Scottish Leaving Certificate Examination, 1954
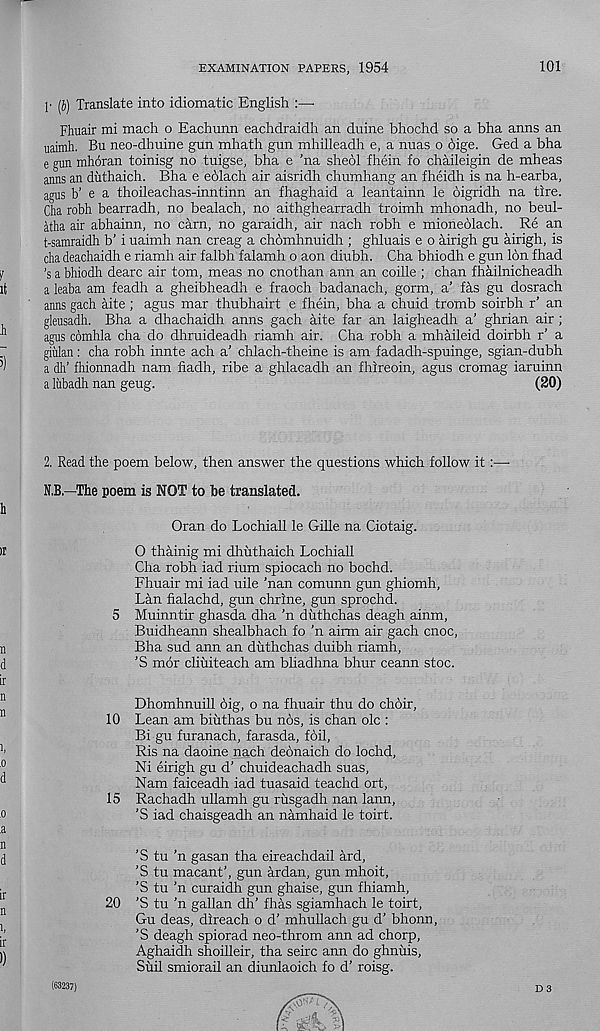
EXAMINATION PAPERS, 1954
101
!• (j) Translate into idiomatic English :—•
Fhuair mi mach o Eachunn eachdraidh an duine bhochd so a bha anns an
uaimh. Bu neo-dbuine gun mhath gun mhilleadh e, a nuas o 6ige. Ged a bha
e gun mhoran toinisg no tuigse, bha e ’na sheol fhein fo chaileigin de mheas
aims an duthaich. Bha e eblach air aisridh chumhang an fheidh is na h-earba,
agus b’ e a thoileachas-inntinn an fhaghaid a leantainn le oigridh na tire.
Cha robh bearradh, no bealach, no aithghearradh troimh mhonadh, no beul-
atha air abhainn, no earn, no garaidh, air nach robh e mioneolach. Re an
t-samraidh b’ i uaimh nan creag a chomhnuidh ; ghluais e o airigh gu airigh, is
cha deachaidh e riamh air falbh falamh o aon diubh. Cha bhiodh e gun Ion fhad
's a bhiodh dearc air tom, meas no cnothan ann an coille ; chan fhailnicheadh
a leaba am feadh a gheibheadh e fraoch badanach, gorm, a’ fas gu dosrach
anns gach aite; agus mar thubhairt e fhein, bha a chuid tromb soirbh r’ an
gleusadh. Bha a dhachaidh anns gach aite far an laigheadh a’ ghrian air ;
agus comhla cha do dhruideadh riamh air. Cha robh a mhaileid doirbh r’ a
giulan: cha robh innte ach a’ chlach-theine is am fadadh-spuinge, sgian-dubh
a dh’ fhionnadh nam fiadh, ribe a ghlacadh an fhireoin, agus cromag iaruinn
a liibadh nan geug.
(20)
2. Read the poem below, then answer the questions which follow it:—-
N.B.—The poem is NOT to be translated.
Oran do Lochiall le Gille na Ciotaig.
0 thhinig mi dhuthaich Lochiall
Cha robh iad rium spiocach no bochd.
Fhuair mi iad uile 'nan comunn gun ghiomh,
Lan fialachd, gun chrine, gun sprochd.
5 Muinntir ghasda dha 'n duthchas deagh ainm,
Buidheann shealbhach fo 'n airm air gach cnoc,
Bha sud ann an duthchas duibh riamh,
'S mor cliuiteach am bliadhna bhur ceann stoc.
Dhomhnuill dig, o na fhuair thu do choir,
10 Lean am biuthas bu nos, is chan ole :
Bi gu furanach, farasda, foil,
Ris na daoine nach deonaich do lochd,
Ni eirigh gu d’ chuideachadh suas,
Nam faiceadh iad tuasaid teachd ort,
15 Rachadh ullamh gu riisgadh nan lann,
'S iad chaisgeadh an namhaid le toirt.
'S tu 'n gasan tha eireachdail ard,
'S tu macant’, gun ardan, gun mhoit,
'S tu 'n curaidh gun ghaise, gun fhiamh,
20 'S tu 'n gallan dh’ fhas sgiamhach le toirt,
Gu deas, direach o d’ mhullach gu d’ bhonn,
'S deagh spiorad neo-throm ann ad chorp,
Aghaidh shoilleir, tha seirc ann do ghnuis,
Suil smiorail an diunlaoich fo d’ roisg.
D 3
(63237)